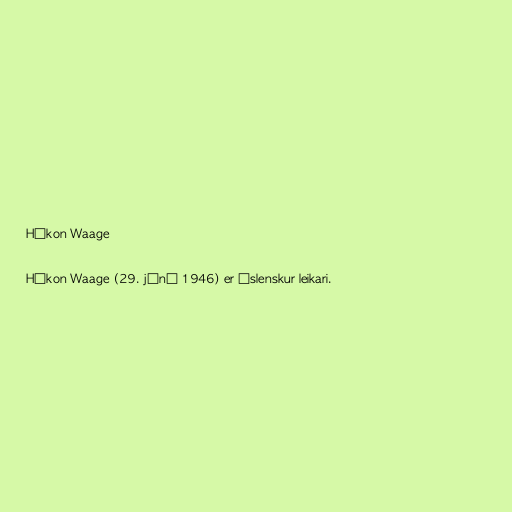
Hákon Waage

Hákon Waage (29. júní 1946) er íslenskur leikari.